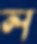
ল